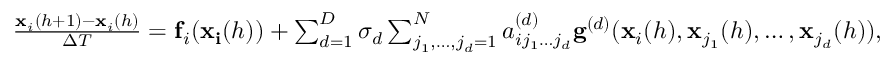
\begin{array} { l } { \frac { \mathbf { x } _ { i } ( h + 1 ) - \mathbf { x } _ { i } ( h ) } { \Delta T } = \mathbf { f } _ { i } ( \mathbf { x _ { i } } ( h ) ) + \sum _ { d = 1 } ^ { D } \sigma _ { d } \sum _ { j _ { 1 } , \dots , j _ { d } = 1 } ^ { N } a _ { i j _ { 1 } \dots j _ { d } } ^ { ( d ) } \mathbf { g } ^ { ( d ) } ( \mathbf { x } _ { i } ( h ) , \mathbf { x } _ { j _ { 1 } } ( h ) , \dots , \mathbf { x } _ { j _ { d } } ( h ) ) , } \end{array}